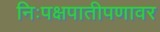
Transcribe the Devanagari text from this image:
निःपक्षपातीपणावर